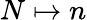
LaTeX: N\mapsto n